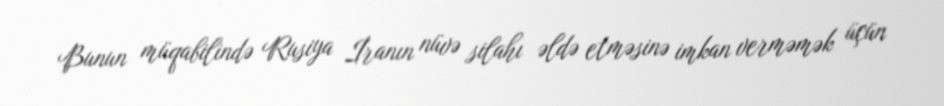
Bunun müqabilində Rusiya İranın nüvə silahı əldə etməsinə imkan verməmək üçün